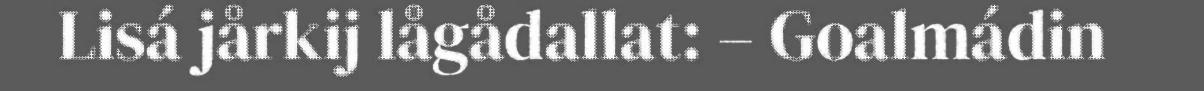
Lisá jårkij lågådallat: – Goalmádin